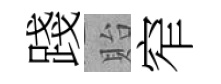
踐貽窄